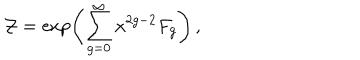
\mathcal { Z } = \exp \left( \sum _ { g = 0 } ^ { \infty } x ^ { 2 g - 2 } F _ { g } \right) \, ,